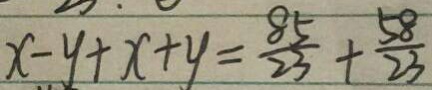
x - y + x + y = \frac { 8 5 } { 2 3 } + \frac { 5 8 } { 2 3 }